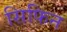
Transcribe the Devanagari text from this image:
सिफिन